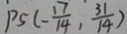
P _ { 5 } ( - \frac { 1 7 } { 1 4 } , \frac { 3 1 } { 1 4 } )